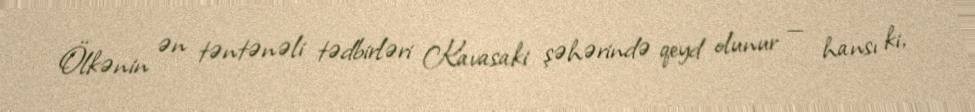
Ölkənin ən təntənəli tədbirləri Kavasaki şəhərində qeyd olunur — hansı ki,